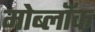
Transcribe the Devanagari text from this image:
मोब्लॉक